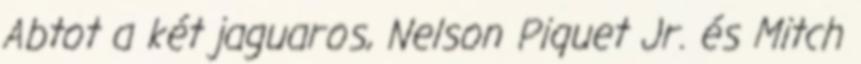
Abtot a két jaguaros, Nelson Piquet Jr. és Mitch